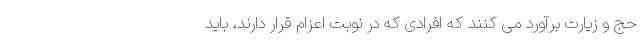
حج و زیارت برآورد می کنند که افرادی که در نوبت اعزام قرار دارند، باید